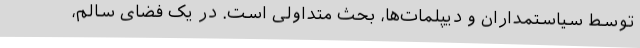
توسط سیاستمداران و دیپلمات‌ها، بحث متداولی است. در یک فضای سالم،